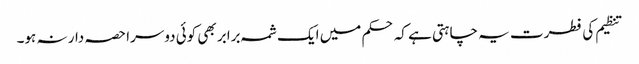
تنظیم کی فطرت یہ چاہتی ہے کہ حکم میں ایک شمہ برابر بھی کوئی دوسرا حصہ دار نہ ہو۔